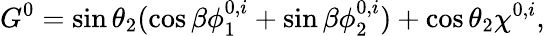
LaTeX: G^{0}=\sin\theta_{2}(\cos\beta\phi_{1}^{0,i}+\sin\beta\phi_{2}^{0,i})+\cos\theta_{2}\chi^{0,i},